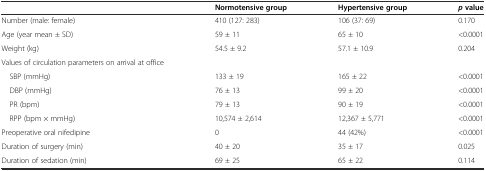
<table><thead><tr><td></td><td><b>Normotensive group</b></td><td><b>Hypertensive group</b></td><td><b><i>p</i>value</b></td></tr></thead><tbody><tr><td>Number (male: female)</td><td>410 (127: 283)</td><td>106 (37: 69)</td><td>0.170</td></tr><tr><td>Age (year mean ± SD)</td><td>59 ± 11</td><td>65 ± 10</td><td>&lt;0.0001</td></tr><tr><td>Weight (kg)</td><td>54.5 ± 9.2</td><td>57.1 ± 10.9</td><td>0.204</td></tr><tr><td>Values of circulation parameters on arrival at office</td><td></td><td></td><td></td></tr><tr><td> SBP (mmHg)</td><td>133 ± 19</td><td>165 ± 22</td><td>&lt;0.0001</td></tr><tr><td> DBP (mmHg)</td><td>76 ± 13</td><td>99 ± 20</td><td>&lt;0.0001</td></tr><tr><td> PR (bpm)</td><td>79 ± 13</td><td>90 ± 19</td><td>&lt;0.0001</td></tr><tr><td> RPP (bpm × mmHg)</td><td>10,574 ± 2,614</td><td>12,367 ± 5,771</td><td>&lt;0.0001</td></tr><tr><td>Preoperative oral nifedipine</td><td>0</td><td>44 (42%)</td><td>&lt;0.0001</td></tr><tr><td>Duration of surgery (min)</td><td>40 ± 20</td><td>35 ± 17</td><td>0.025</td></tr><tr><td>Duration of sedation (min)</td><td>69 ± 25</td><td>65 ± 22</td><td>0.114</td></tr></tbody></table>